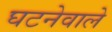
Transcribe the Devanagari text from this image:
घटनेवाले